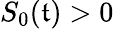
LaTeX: S_{0}(\mathfrak{t})>0